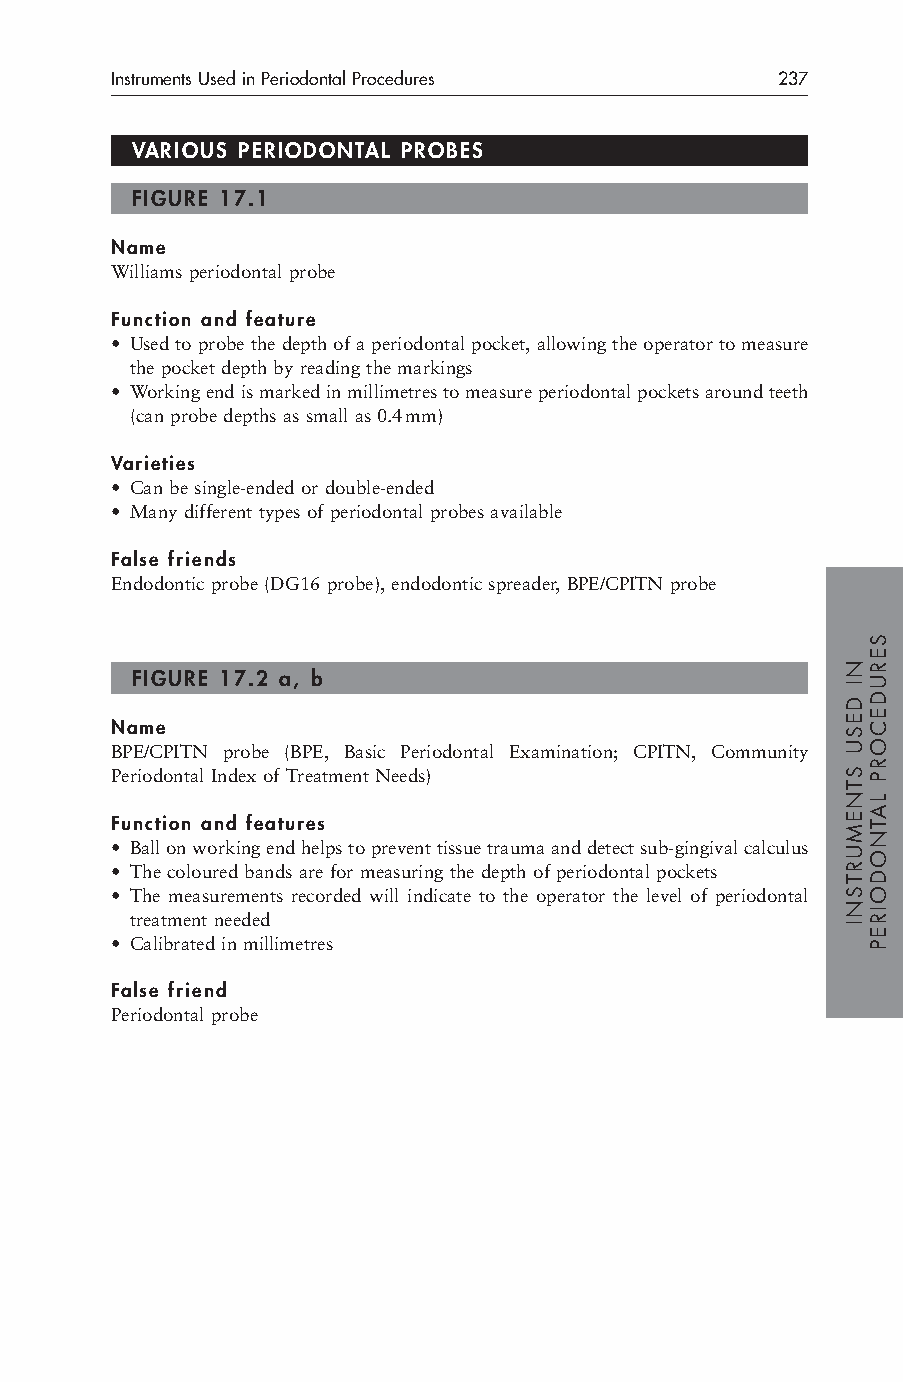
Instruments Used in Periodontal Procedures  237
 VARIOUS PERIODONTAL PROBES
 FIGURE 17.1
 Name
 Williams periodontal probe
 Function and feature
 • Used to probe the depth of a periodontal pocket, allowing the operator to measure
 the pocket depth by reading the markings
 • Working end is marked in millimetres to measure periodontal pockets around teeth
 (can probe depths as small as 0.4mm)
 Varieties
 • Can be single-ended or double-ended
 • Many different types of periodontal probes available
 False friends
 Endodontic probe (DG16 probe), endodontic spreader, BPE/CPITN probe
 FIGURE 17.2 a, b
 Name
 BPE/CPITN probe (BPE, Basic Periodontal Examination; CPITN, Community
 Periodontal Index of Treatment Needs)
 Function and features
 • Ball on working end helps to prevent tissue trauma and detect sub-gingival calculus
 • The coloured bands are for measuring the depth of periodontal pockets
 • The measurements recorded will indicate to the operator the level of periodontal
 treatment needed
 • Calibrated in millimetres
 False friend
 Periodontal probe
 NI
 DESU
 STNEMURTSNI
 SERUDECORP
 LATNODOIREP